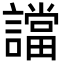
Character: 譡